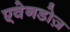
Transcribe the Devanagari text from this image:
एवेनडोज़